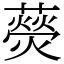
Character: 藀